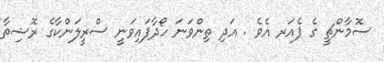
ސޮމާންޗީ ގެ ޕެއަރ އެވެ . އަދި ތިންވަނަ ހޯދާފައިވަނީ ސްރީލަންކާގެ ރޮޝިތާ